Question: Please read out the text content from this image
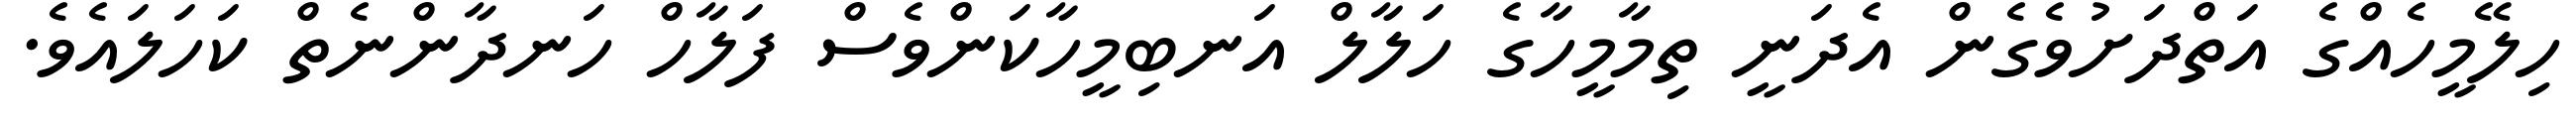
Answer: ހިލޭމީހެއްގެ އަތްދަށުވެގެން އެދަނީ ތިމާމީހާގެ ހަލާލް އަނބިމީހާކަންވެސް ފަލާހް ހަނދާންނެތް ކަހަލައެވެ.